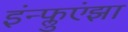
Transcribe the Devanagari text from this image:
इंन्फ्लुएंझा